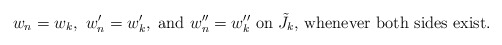
\begin{align*}w_n = w_k,\ w_n' = w_k',\ \textrm{and}\ w_n'' = w_k''\ \textrm{on $\tilde{J}_k$, whenever both sides exist}.\end{align*}